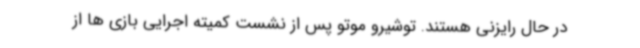
در حال رایزنی هستند. توشیرو موتو پس از نشست کمیته اجرایی بازی ها از